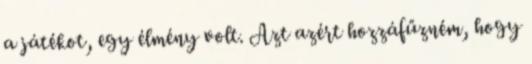
a játékot, egy élmény volt. Azt azért hozzáfűzném, hogy